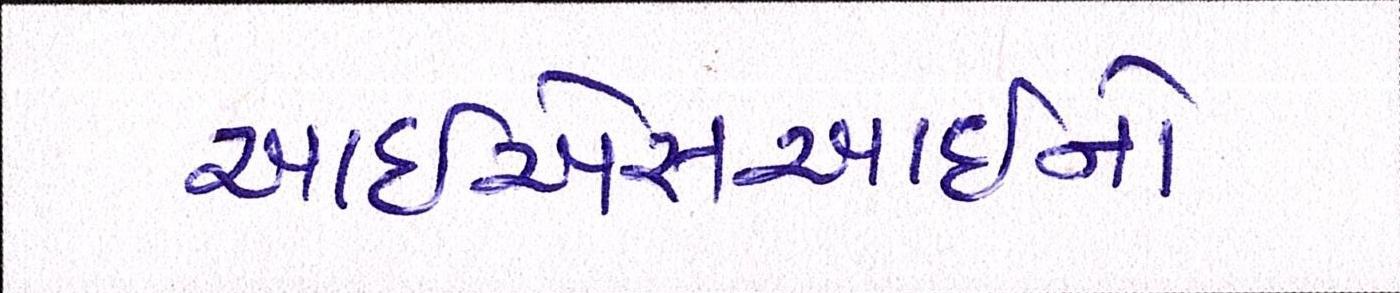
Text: આઇએસઆઇનો